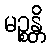
မဉ္စန္တိ